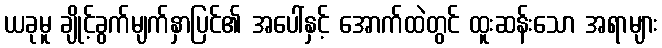
ယခုမူ ချိုင့်ခွက်မျက်နှာပြင်၏ အပေါ်နှင့် အောက်ထဲတွင် ထူးဆန်းသော အရာများ